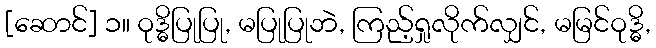
[ဆောင်] ၁။ ဝုဒ္ဓိပြုပြု, မပြုပြုဘဲ, ကြည့်ရှုလိုက်လျှင်, မမြင်ဝုဒ္ဓိ,